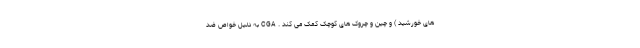
های خورشید ) و چین و چروک های کوچک کمک می کند . CGA به دلیل خواص ضد